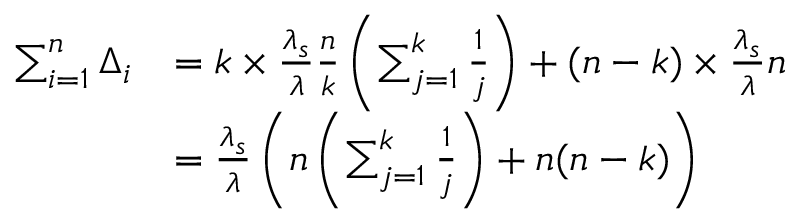
\begin{array} { r l } { \sum _ { i = 1 } ^ { n } \Delta _ { i } } & { = k \times \frac { \lambda _ { s } } { \lambda } \frac { n } { k } \left( \sum _ { j = 1 } ^ { k } \frac { 1 } { j } \right) + ( n - k ) \times \frac { \lambda _ { s } } { \lambda } n } \\ & { = \frac { \lambda _ { s } } { \lambda } \left( n \left( \sum _ { j = 1 } ^ { k } \frac { 1 } { j } \right) + n ( n - k ) \right) } \end{array}